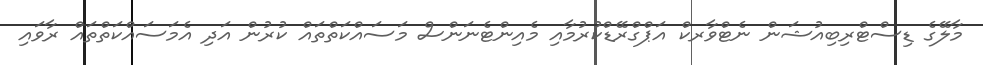
މާލޭގެ ޑިސްޓްރިބިއުޝަން ނެޓްވާރކް އަޕްގްރޭޑްކުރުމާއި މެއިންޓެނަންސް މަސައްކަތްތައް ކުރުން އަދި އެމަސައްކަތްތައް ރާވައި